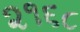
૨૧૬૮